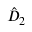
\hat { D } _ { 2 }